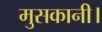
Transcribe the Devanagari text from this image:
मुसकानी।